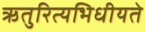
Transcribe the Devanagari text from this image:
ऋतुरित्यभिधीयते